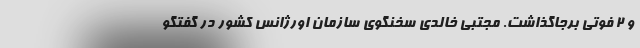
و ۲ فوتی برجاگذاشت. مجتبی خالدی سخنگوی سازمان اورژانس کشور در گفتگو